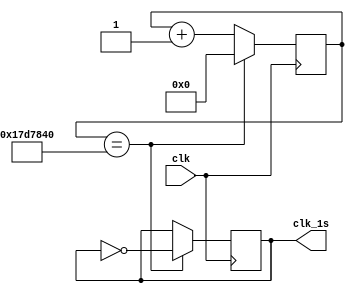
module div(clk,clk_1s);
	parameter max=25000000;
	input clk;
	output reg clk_1s;
	reg [24:0] count_clk;
	
	initial begin
		count_clk=0;
		clk_1s=0;
	end
	
	always @(posedge clk)
	begin
		if(count_clk==max)
		begin
			clk_1s<=~clk_1s;
			count_clk<=0;
		end
		else
			count_clk<=count_clk+1;
	end


endmodule